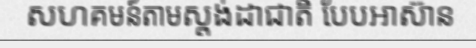
សហគមន៍តាមស្តង់ដាជាតិ បែបអាស៊ាន